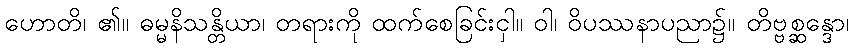
ဟောတိ၊ ၏။ ဓမ္မနိသန္တိယာ၊ တရားကို ထက်စေခြင်းငှါ။ ဝါ၊ ဝိပဿနာပညာ၌။ တိဗ္ဗစ္ဆန္ဒော၊